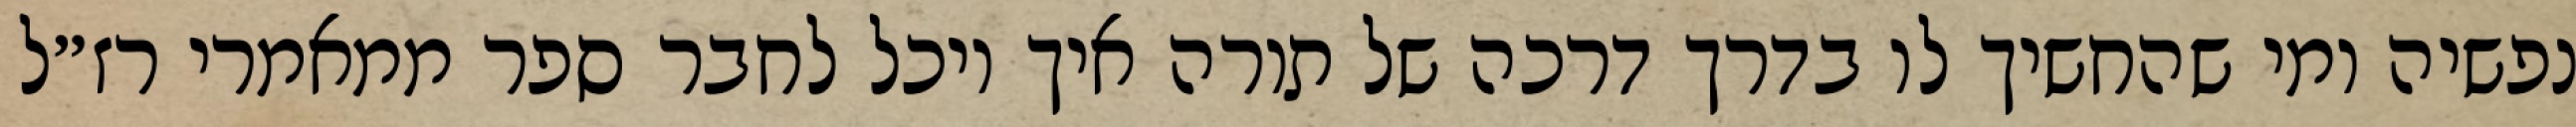
נפשיה ומי שהחשיך לו בדרך דרכה של תורה איך יוכל לחבר ספר ממאמרי רז״ל